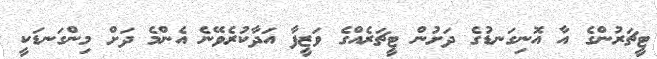
ޓީޗަރުންގެ އާ އޮނިގަނޑުގެ ދަށުން ޓީޗަރެއްގެ ވަޒީފާ އަދާކުރެވޭނެ އެންމެ ދަށް މިންގަނޑަކީ